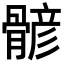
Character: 𩩷